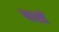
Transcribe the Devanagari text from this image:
पारतें